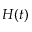
H ( t )